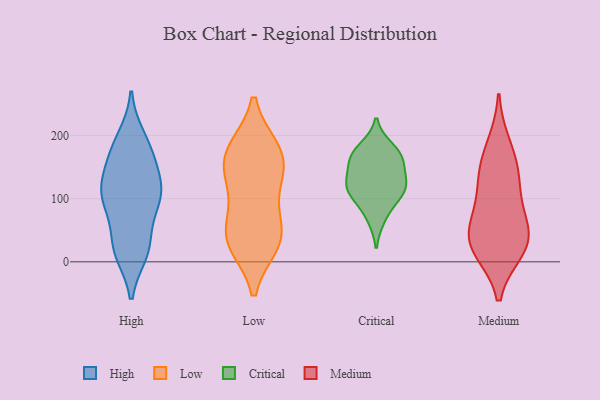
{"axis": {"x": "Revenue (USD Million)", "y": "Value"}, "legend": ["Critical", "High", "Low", "Medium"], "data": [{"x": "", "y": 24, "type": "High"}, {"x": "", "y": 181, "type": "High"}, {"x": "", "y": 117, "type": "High"}, {"x": "", "y": 133, "type": "High"}, {"x": "", "y": 163, "type": "High"}, {"x": "", "y": 92, "type": "High"}, {"x": "", "y": 173, "type": "High"}, {"x": "", "y": 111, "type": "High"}, {"x": "", "y": 112, "type": "High"}, {"x": "", "y": 24, "type": "High"}, {"x": "", "y": 96, "type": "High"}, {"x": "", "y": 95, "type": "High"}, {"x": "", "y": 16, "type": "High"}, {"x": "", "y": 24, "type": "High"}, {"x": "", "y": 195, "type": "High"}, {"x": "", "y": 177, "type": "Low"}, {"x": "", "y": 33, "type": "Low"}, {"x": "", "y": 173, "type": "Low"}, {"x": "", "y": 117, "type": "Low"}, {"x": "", "y": 35, "type": "Low"}, {"x": "", "y": 42, "type": "Low"}, {"x": "", "y": 29, "type": "Low"}, {"x": "", "y": 73, "type": "Low"}, {"x": "", "y": 150, "type": "Low"}, {"x": "", "y": 137, "type": "Low"}, {"x": "", "y": 178, "type": "Low"}, {"x": "", "y": 106, "type": "Critical"}, {"x": "", "y": 168, "type": "Critical"}, {"x": "", "y": 160, "type": "Critical"}, {"x": "", "y": 163, "type": "Critical"}, {"x": "", "y": 124, "type": "Critical"}, {"x": "", "y": 69, "type": "Critical"}, {"x": "", "y": 128, "type": "Critical"}, {"x": "", "y": 103, "type": "Critical"}, {"x": "", "y": 180, "type": "Critical"}, {"x": "", "y": 122, "type": "Critical"}, {"x": "", "y": 22, "type": "Medium"}, {"x": "", "y": 109, "type": "Medium"}, {"x": "", "y": 147, "type": "Medium"}, {"x": "", "y": 42, "type": "Medium"}, {"x": "", "y": 79, "type": "Medium"}, {"x": "", "y": 142, "type": "Medium"}, {"x": "", "y": 185, "type": "Medium"}, {"x": "", "y": 19, "type": "Medium"}, {"x": "", "y": 29, "type": "Medium"}, {"x": "", "y": 49, "type": "Medium"}]}